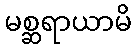
မစ္ဆရာယာမိ